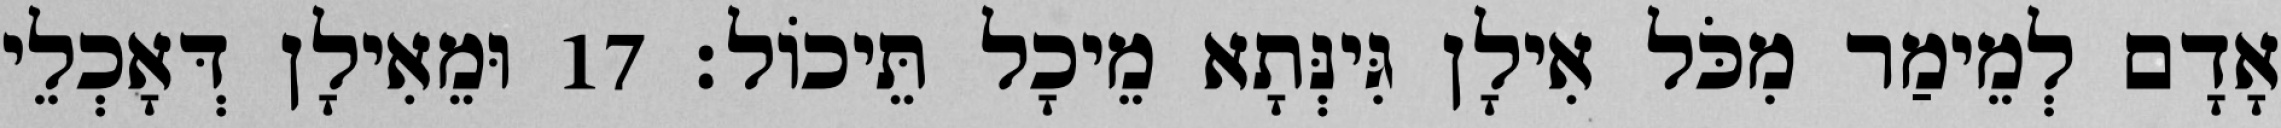
אָדָם לְמֵימַר מִכֹּל אִילָן גִּינְּתָא מֵיכָל תֵּיכוֹל׃ 17 וּמֵאִילָן דְּאָכְלֵי